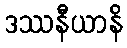
ဒဿနီယာနိ